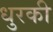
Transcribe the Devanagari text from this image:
धुरकी